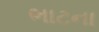
ભાટના